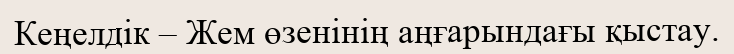
Кеңелдік – Жем өзенінің аңғарындағы қыстау.